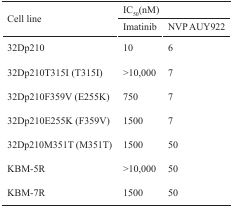
<table><thead><tr><td rowspan="2"><b>Cell line</b></td><td colspan="2"><b>IC<sub>50</sub>(nM)</b></td></tr><tr><td><b>Imatinib</b></td><td><b>NVP AUY922</b></td></tr></thead><tbody><tr><td>32Dp210</td><td>10</td><td>6</td></tr><tr><td>32Dp210T315I (T315I)</td><td>&gt;10,000</td><td>7</td></tr><tr><td>32Dp210F359V (E255K)</td><td>750</td><td>7</td></tr><tr><td>32Dp210E255K (F359V)</td><td>1500</td><td>7</td></tr><tr><td>32Dp210M351T (M351T)</td><td>1500</td><td>50</td></tr><tr><td>KBM-5R</td><td>&gt;10,000</td><td>50</td></tr><tr><td>KBM-7R</td><td>1500</td><td>50</td></tr></tbody></table>